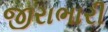
જીરાભારી